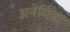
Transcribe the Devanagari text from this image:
अनेमिया